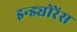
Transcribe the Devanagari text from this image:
इन्ड्योरेंस